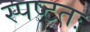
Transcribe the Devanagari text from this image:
स्पष्‍टतः